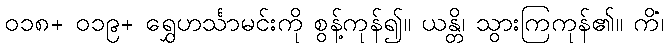
၀၁၈+ ၀၁၉+ ရွှေဟင်္သာမင်းကို စွန့်ကုန်၍။ ယန္တိ၊ သွားကြကုန်၏။ ကိံ၊